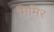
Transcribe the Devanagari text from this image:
मिमिर